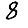
Digit: 8